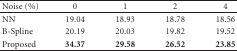
| Noise (%) | 0 | 1 | 2 | 4 |
 | --- | --- | --- | --- | --- |
 | NN | 19.04 | 18.93 | 18.78 | 18.56 |
 | B-Spline | 20.19 | 20.03 | 19.82 | 19.52 |
 | Proposed | 34.37 | 29.58 | 26.52 | 23.85 |